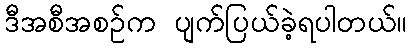
ဒီအစီအစဉ်က ပျက်ပြယ်ခဲ့ရပါတယ်။